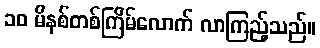
၁၀ မိနစ်တစ်ကြိမ်လောက် လာကြည့်သည်။